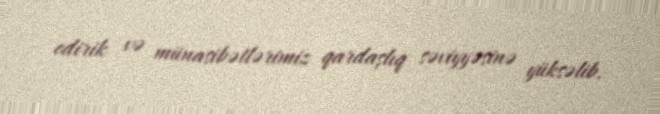
edirik və münasibətlərimiz qardaşlıq səviyyəsinə yüksəlib.